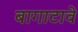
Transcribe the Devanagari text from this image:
बागाटावे